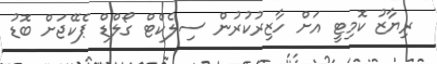
ރިޔާޒު ކޮމިޓީ އަށް ހާޒިރުކުރުން ސިލެކްޓް ގޯލްޑް ޕެކޭޖަށް ބޮޑު